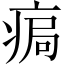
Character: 𤶹